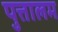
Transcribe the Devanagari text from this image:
पुत्तालम